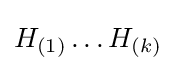
H_{(1)}\ldots H_{(k)}